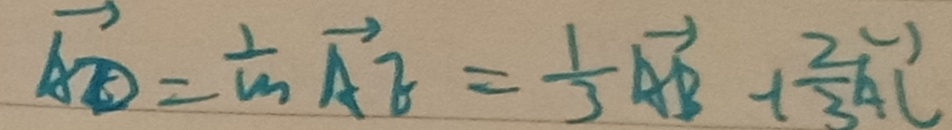
\overrightarrow { A D } = \frac { 1 } { m } \overrightarrow { A E } = \frac { 1 } { 3 } \overrightarrow { A B } - 1 \frac { 2 } { 3 } \overrightarrow { A C }